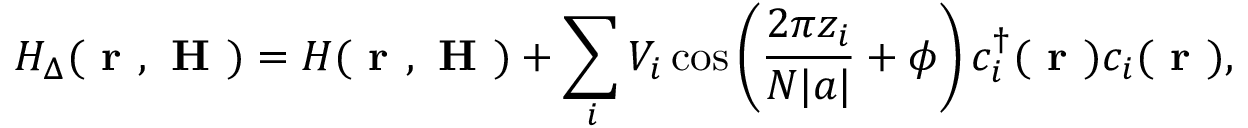
H _ { \Delta } ( \textbf { r } , \textbf { H } ) = H ( \textbf { r } , \textbf { H } ) + \sum _ { i } V _ { i } \cos \left( \frac { 2 \pi z _ { i } } { N | a | } + \phi \right) c _ { i } ^ { \dagger } ( \textbf { r } ) c _ { i } ( \textbf { r } ) ,